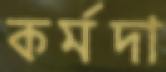
কর্মদা